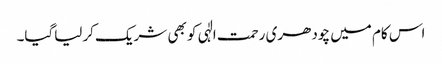
اس کام میں چودھری رحمت الٰہی کو بھی شریک کرلیاگیا۔